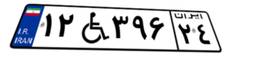
۱۲W۳۹۶۲۴